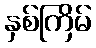
နှစ်ကြိမ်